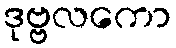
ဒုဗ္ဗလကော